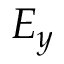
E _ { y }